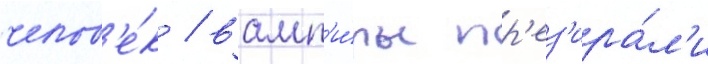
челов'е́к / вамп'и́ры пр'ез'ира́л'и